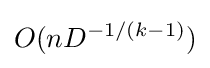
O(nD^{-1/(k-1)})